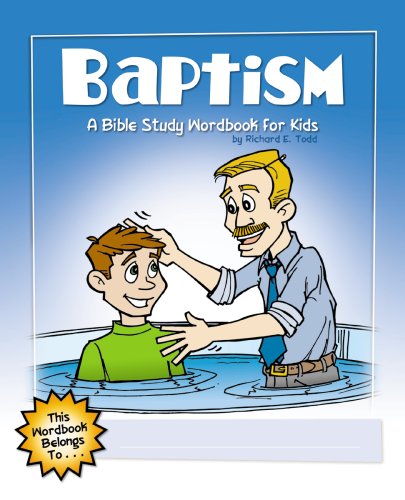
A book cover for Baptism: A Bible Study Wordbook for Kids (Children's Wordbooks); Richard E. Todd; Christian Books & Bibles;